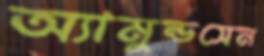
অ্যামুন্ডসেন